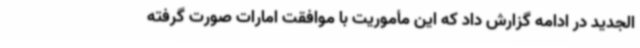
الجدید در ادامه گزارش داد که این مأموریت با موافقت امارات صورت گرفته